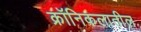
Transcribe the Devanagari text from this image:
क्रॉनिकलातील